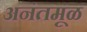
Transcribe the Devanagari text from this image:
अनंतमूळ